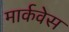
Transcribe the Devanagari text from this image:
मार्कवेस